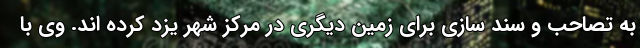
به تصاحب و سند سازی برای زمین دیگری در مرکز شهر یزد کرده اند. وی با